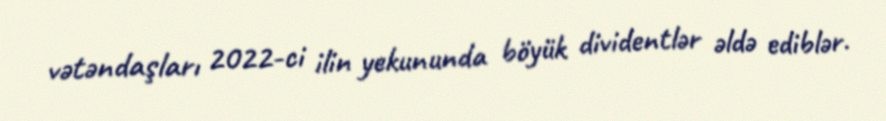
vətəndaşları 2022-ci ilin yekununda böyük dividentlər əldə ediblər.